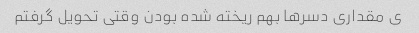
ی مقداری دسر‌ها بهم ریخته شده بودن وقتی تحویل گرفتم